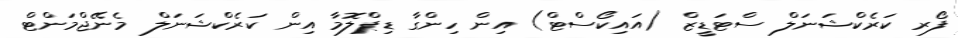
ފޯރ ކަރެކްޝަނަލް ސްޓަޑީޒް (އައިކޯސްޓް) އިން ހިންގާ ޑިޕްލޮމާ އިން ކަރެކްޝަނަލް މެނޭޖްމަންޓް